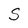
Character: S